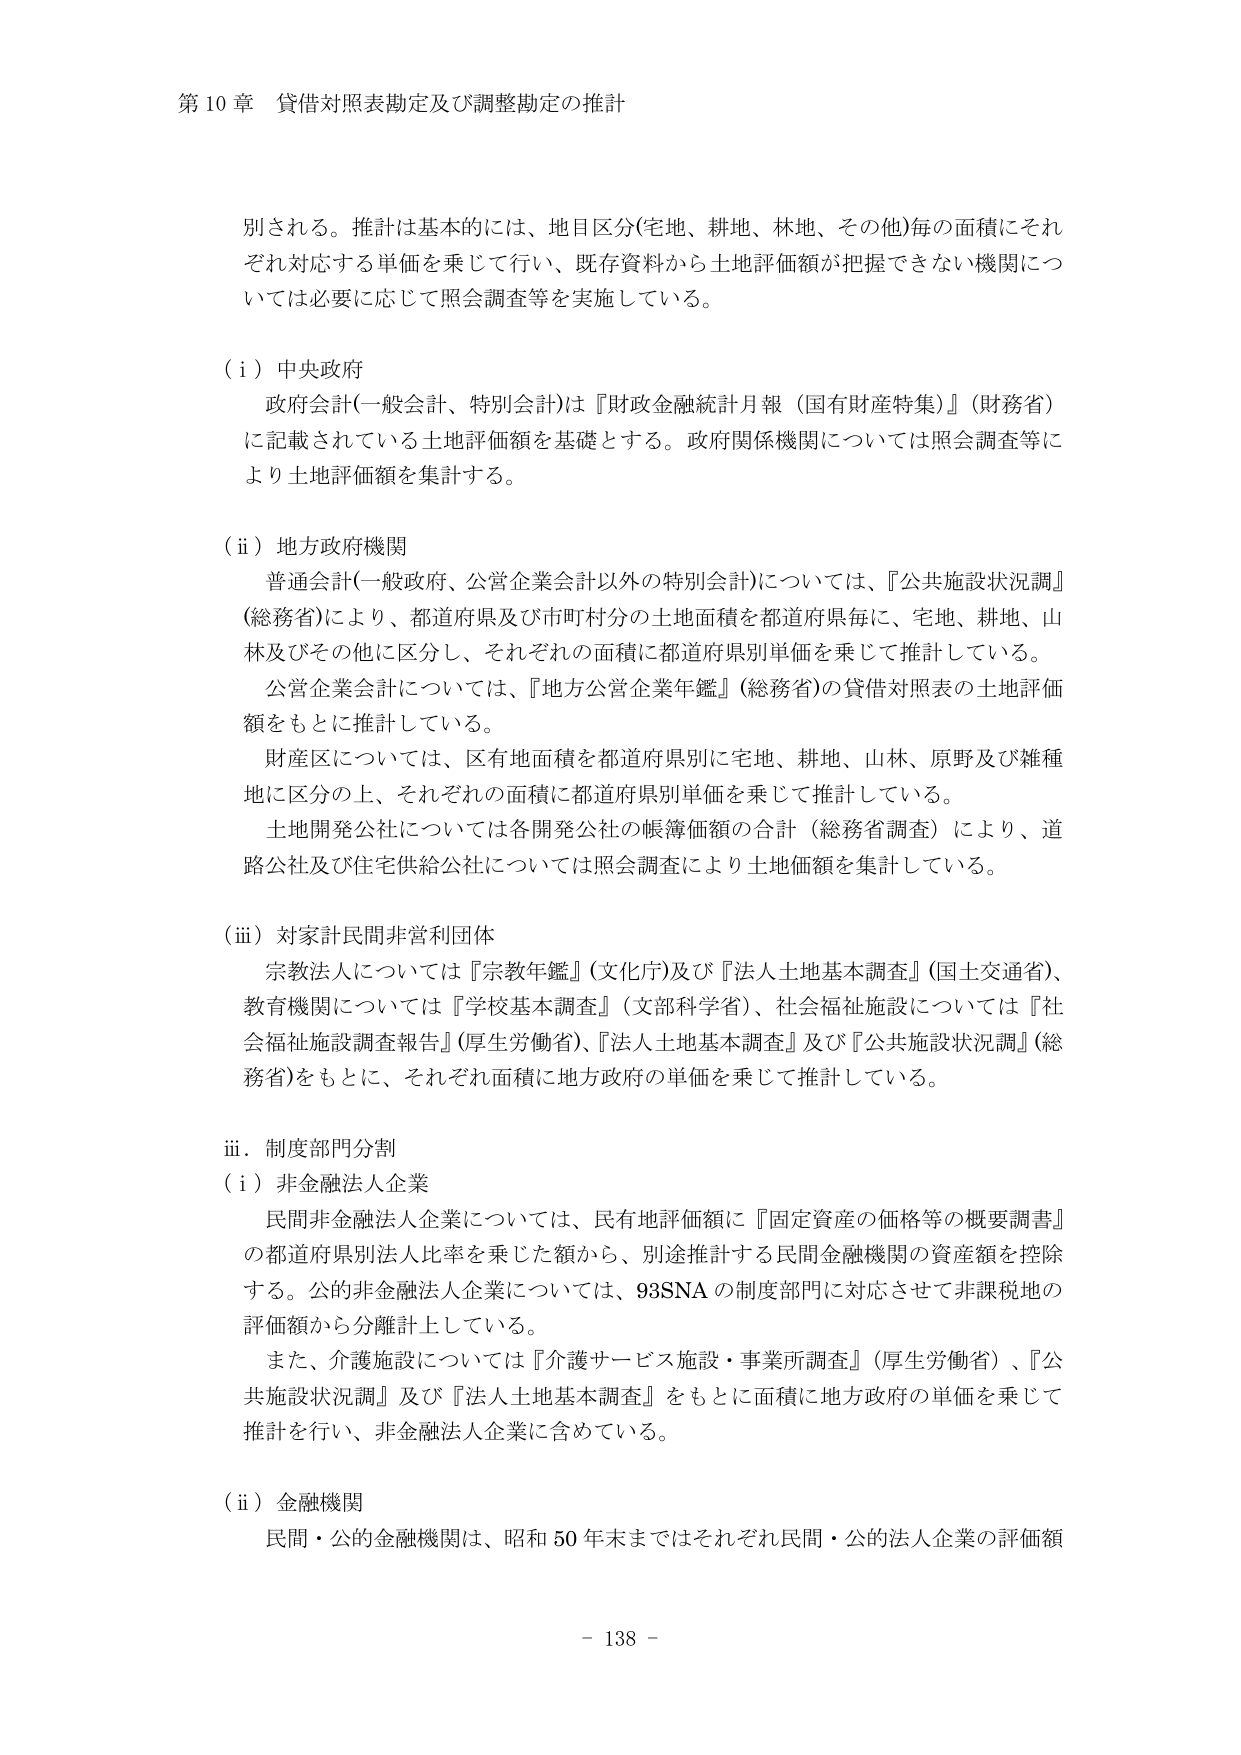
第10章 貸借対照表勘定及び調整勘定の推計

別される。推計は基本的には、地目区分(宅地、耕地、林地、その他)毎の面積にそれぞれ対応する単価を乗じて行い、既存資料から土地評価額が把握できない機関については必要に応じて照会調査等を実施している。

（ⅰ）中央政府
政府会計(一般会計、特別会計)は『財政金融統計月報（国有財産特集）』(財務省)に記載されている土地評価額を基礎とする。政府関係機関については照会調査等により土地評価額を集計する。

（ⅱ）地方政府機関
普通会計(一般政府、公営企業会計以外の特別会計)については、『公共施設状況調』(総務省)により、都道府県及び市町村分の土地面積を都道府県毎に、宅地、耕地、山林及びその他に区分し、それぞれの面積に都道府県別単価を乗じて推計している。
公営企業会計については、『地方公営企業年鑑』(総務省)の貸借対照表の土地評価額をもとに推計している。
財産区については、区有地面積を都道府県別に宅地、耕地、山林、原野及び雑種地に区分の上、それぞれの面積に都道府県別単価を乗じて推計している。
土地開発公社については各開発公社の帳簿価額の合計（総務省調査）により、道路公社及び住宅供給公社については照会調査により土地価額を集計している。

（ⅲ）対家計民間非営利団体
宗教法人については『宗教年鑑』(文化庁)及び『法人土地基本調査』(国土交通省)、教育機関については『学校基本調査』(文部科学省)、社会福祉施設については『社会福祉施設調査報告』(厚生労働省)、『法人土地基本調査』及び『公共施設状況調』(総務省)をもとに、それぞれ面積に地方政府の単価を乗じて推計している。

ⅲ．制度部門分割
（ⅰ）非金融法人企業
民間非金融法人企業については、民有地評価額に『固定資産の価格等の概要調書』の都道府県別法人比率を乗じた額から、別途推計する民間金融機関の資産額を控除する。公的非金融法人企業については、93SNAの制度部門に対応させて非課税地の評価額から分離計上している。
また、介護施設については『介護サービス施設・事業所調査』(厚生労働省)、『公共施設状況調』及び『法人土地基本調査』をもとに面積に地方政府の単価を乗じて推計を行い、非金融法人企業に含めている。

（ⅱ）金融機関
民間・公的金融機関は、昭和50年末まではそれぞれ民間・公的法人企業の評価額

- 138 -